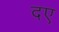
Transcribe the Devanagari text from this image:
दए